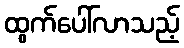
ထွက်ပေါ်လာသည့်